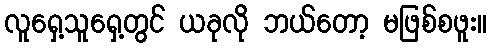
လူရှေ့သူရှေ့တွင် ယခုလို ဘယ်တော့ မဖြစ်စဖူး။